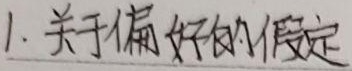
1. 关于偏好的假定